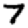
Digit: 7